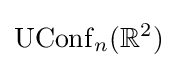
\operatorname {UConf} _{n}(\mathbb {R} ^{2})